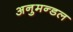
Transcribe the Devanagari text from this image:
अनुमन्डल